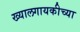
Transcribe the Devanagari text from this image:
ख्यालगायकीच्या